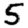
Digit: 5